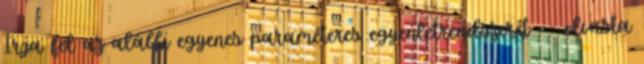
Írja fel az alábbi egyenes paraméteres egyenletrendszerét -- olvasta